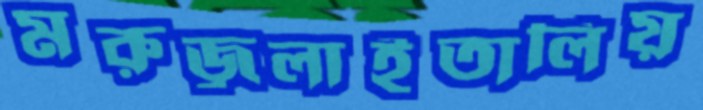
মরুজ্বলাইতালিয়